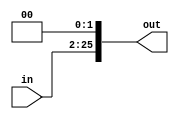
`timescale 1ns / 1ps
//////////////////////////////////////////////////////////////////////////////////
// Company: 
// Engineer: 
// 
// Design Name: 
// Module Name:    corrimiento 
// Project Name: 
// Target Devices: 
// Tool versions: 
// Description: 
//
// Dependencies: 
//
// Revision: 
// Revision 0.01 - File Created
// Additional Comments: 
//
//////////////////////////////////////////////////////////////////////////////////
module corrimiento(
		input [23:0]in,
		output wire [25:0]out
    );

	assign out = in <<2;

endmodule